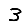
Digit: 3